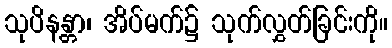
သုပိနန္တာ၊ အိပ်မက်၌ သုက်လွှတ်ခြင်းကို။